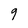
Character: 9